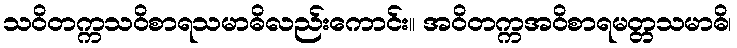
သဝိတက္ကသဝိစာရသမာဓိလည်းကောင်း။ အဝိတက္ကအဝိစာရမတ္တသမာဓိ၊